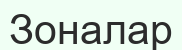
Зоналар